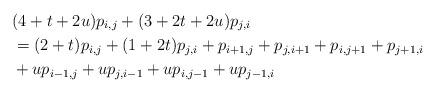
LaTeX: \begin{align*}& (4+t+2u)p_{i,j}+(3+2t+2u)p_{j,i} \\& =(2+t)p_{i,j}+(1+2t)p_{j,i}+p_{i+1,j}+p_{j,i+1}+p_{i,j+1}+p_{j+1,i} \\& +up_{i-1,j}+up_{j,i-1}+up_{i,j-1}+up_{j-1,i}\end{align*}